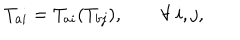
LaTeX: T _ { a i } = T _ { a i } ( T _ { b j } ) , \qquad \forall \ i , j ,